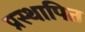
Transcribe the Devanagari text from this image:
प्रस्‍थापित